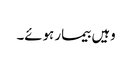
وہیں بیمار ہوئے۔